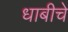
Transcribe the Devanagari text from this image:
धाबीचे